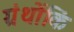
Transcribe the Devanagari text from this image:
ग्रंथोंकिं